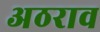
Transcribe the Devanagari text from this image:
अठराव